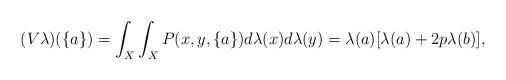
LaTeX: \begin{align*}(V\lambda)(\{a\})=\int_X\int_X P(x,y,\{a\})d\lambda(x)d\lambda(y)=\lambda(a)[\lambda(a)+2p\lambda(b)],\end{align*}